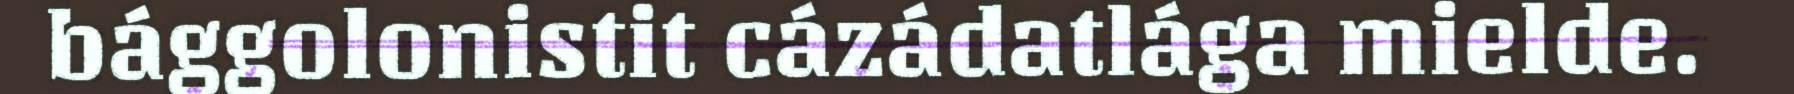
bággolonistit cázádatlága mielde.